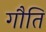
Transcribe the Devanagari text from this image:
गौति